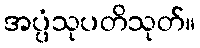
အပ္ပံသုပတိသုတ်။